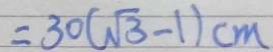
= 3 0 ( \sqrt { 3 } - 1 ) c m